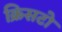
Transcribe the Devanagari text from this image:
क्रिसटो